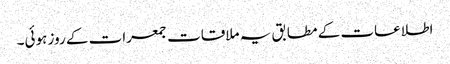
اطلاعات کے مطابق یہ ملاقات جمعرات کے روز ہوئی۔